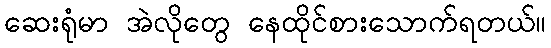
ဆေးရုံမာ အဲလိုတွေ နေထိုင်စားသောက်ရတယ်။